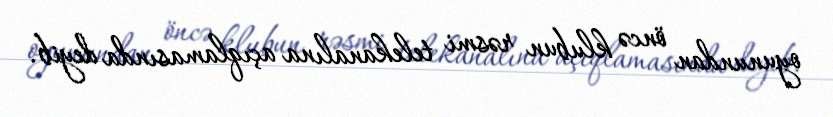
oyunundan öncə klubun rəsmi telekanalına açıqlamasında deyib.